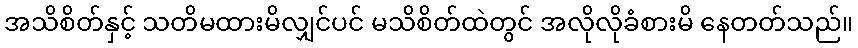
အသိစိတ်နှင့် သတိမထားမိလျှင်ပင် မသိစိတ်ထဲတွင် အလိုလိုခံစားမိ နေတတ်သည်။